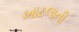
ખાટલાની